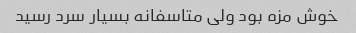
خوش مزه بود ولی متاسفانه بسیار سرد رسید